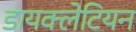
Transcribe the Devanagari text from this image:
डायक्लेटियन